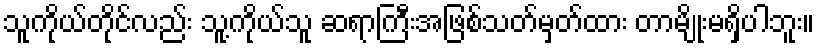
သူကိုယ်တိုင်လည်း သူ့ကိုယ်သူ ဆရာကြီးအဖြစ်သတ်မှတ်ထား တာမျိုးမရှိပါဘူး။